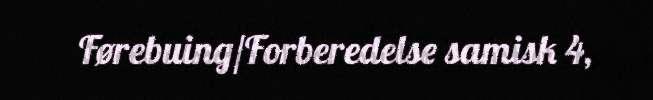
Førebuing/Forberedelse samisk 4,